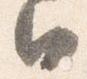
日